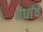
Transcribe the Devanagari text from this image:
वर्धाचे